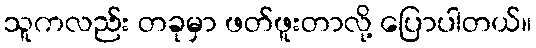
သူကလည်း တခုမှာ ဖတ်ဖူးတာလို့ ပြောပါတယ်။